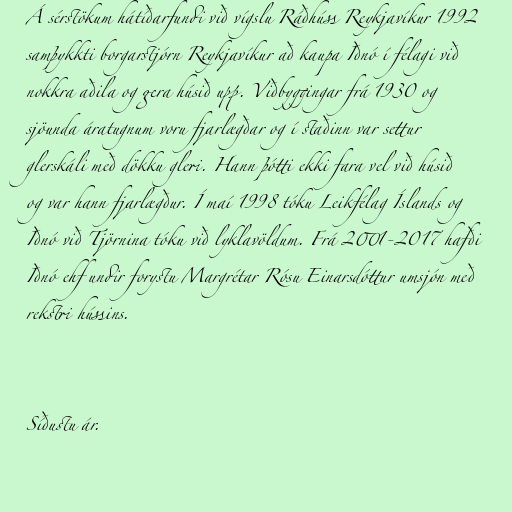
Á sérstökum hátíðarfundi við vígslu Ráðhúss Reykjavíkur 1992
samþykkti borgarstjórn Reykjavíkur að kaupa Iðnó í félagi við
nokkra aðila og gera húsið upp. Viðbyggingar frá 1930 og
sjöunda áratugnum voru fjarlægðar og í staðinn var settur
glerskáli með dökku gleri. Hann þótti ekki fara vel við húsið
og var hann fjarlægður. Í maí 1998 tóku Leikfélag Íslands og
Iðnó við Tjörnina tóku við lyklavöldum. Frá 2001-2017 hafði
Iðnó ehf undir forystu Margrétar Rósu Einarsdóttur umsjón með
rekstri hússins.

Síðustu ár.